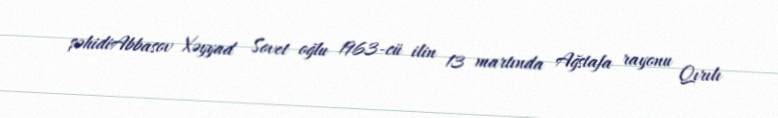
şəhidiAbbasov Xəyyad Sovet oğlu 1963-cü ilin 13 martında Ağstafa rayonu Qırılı